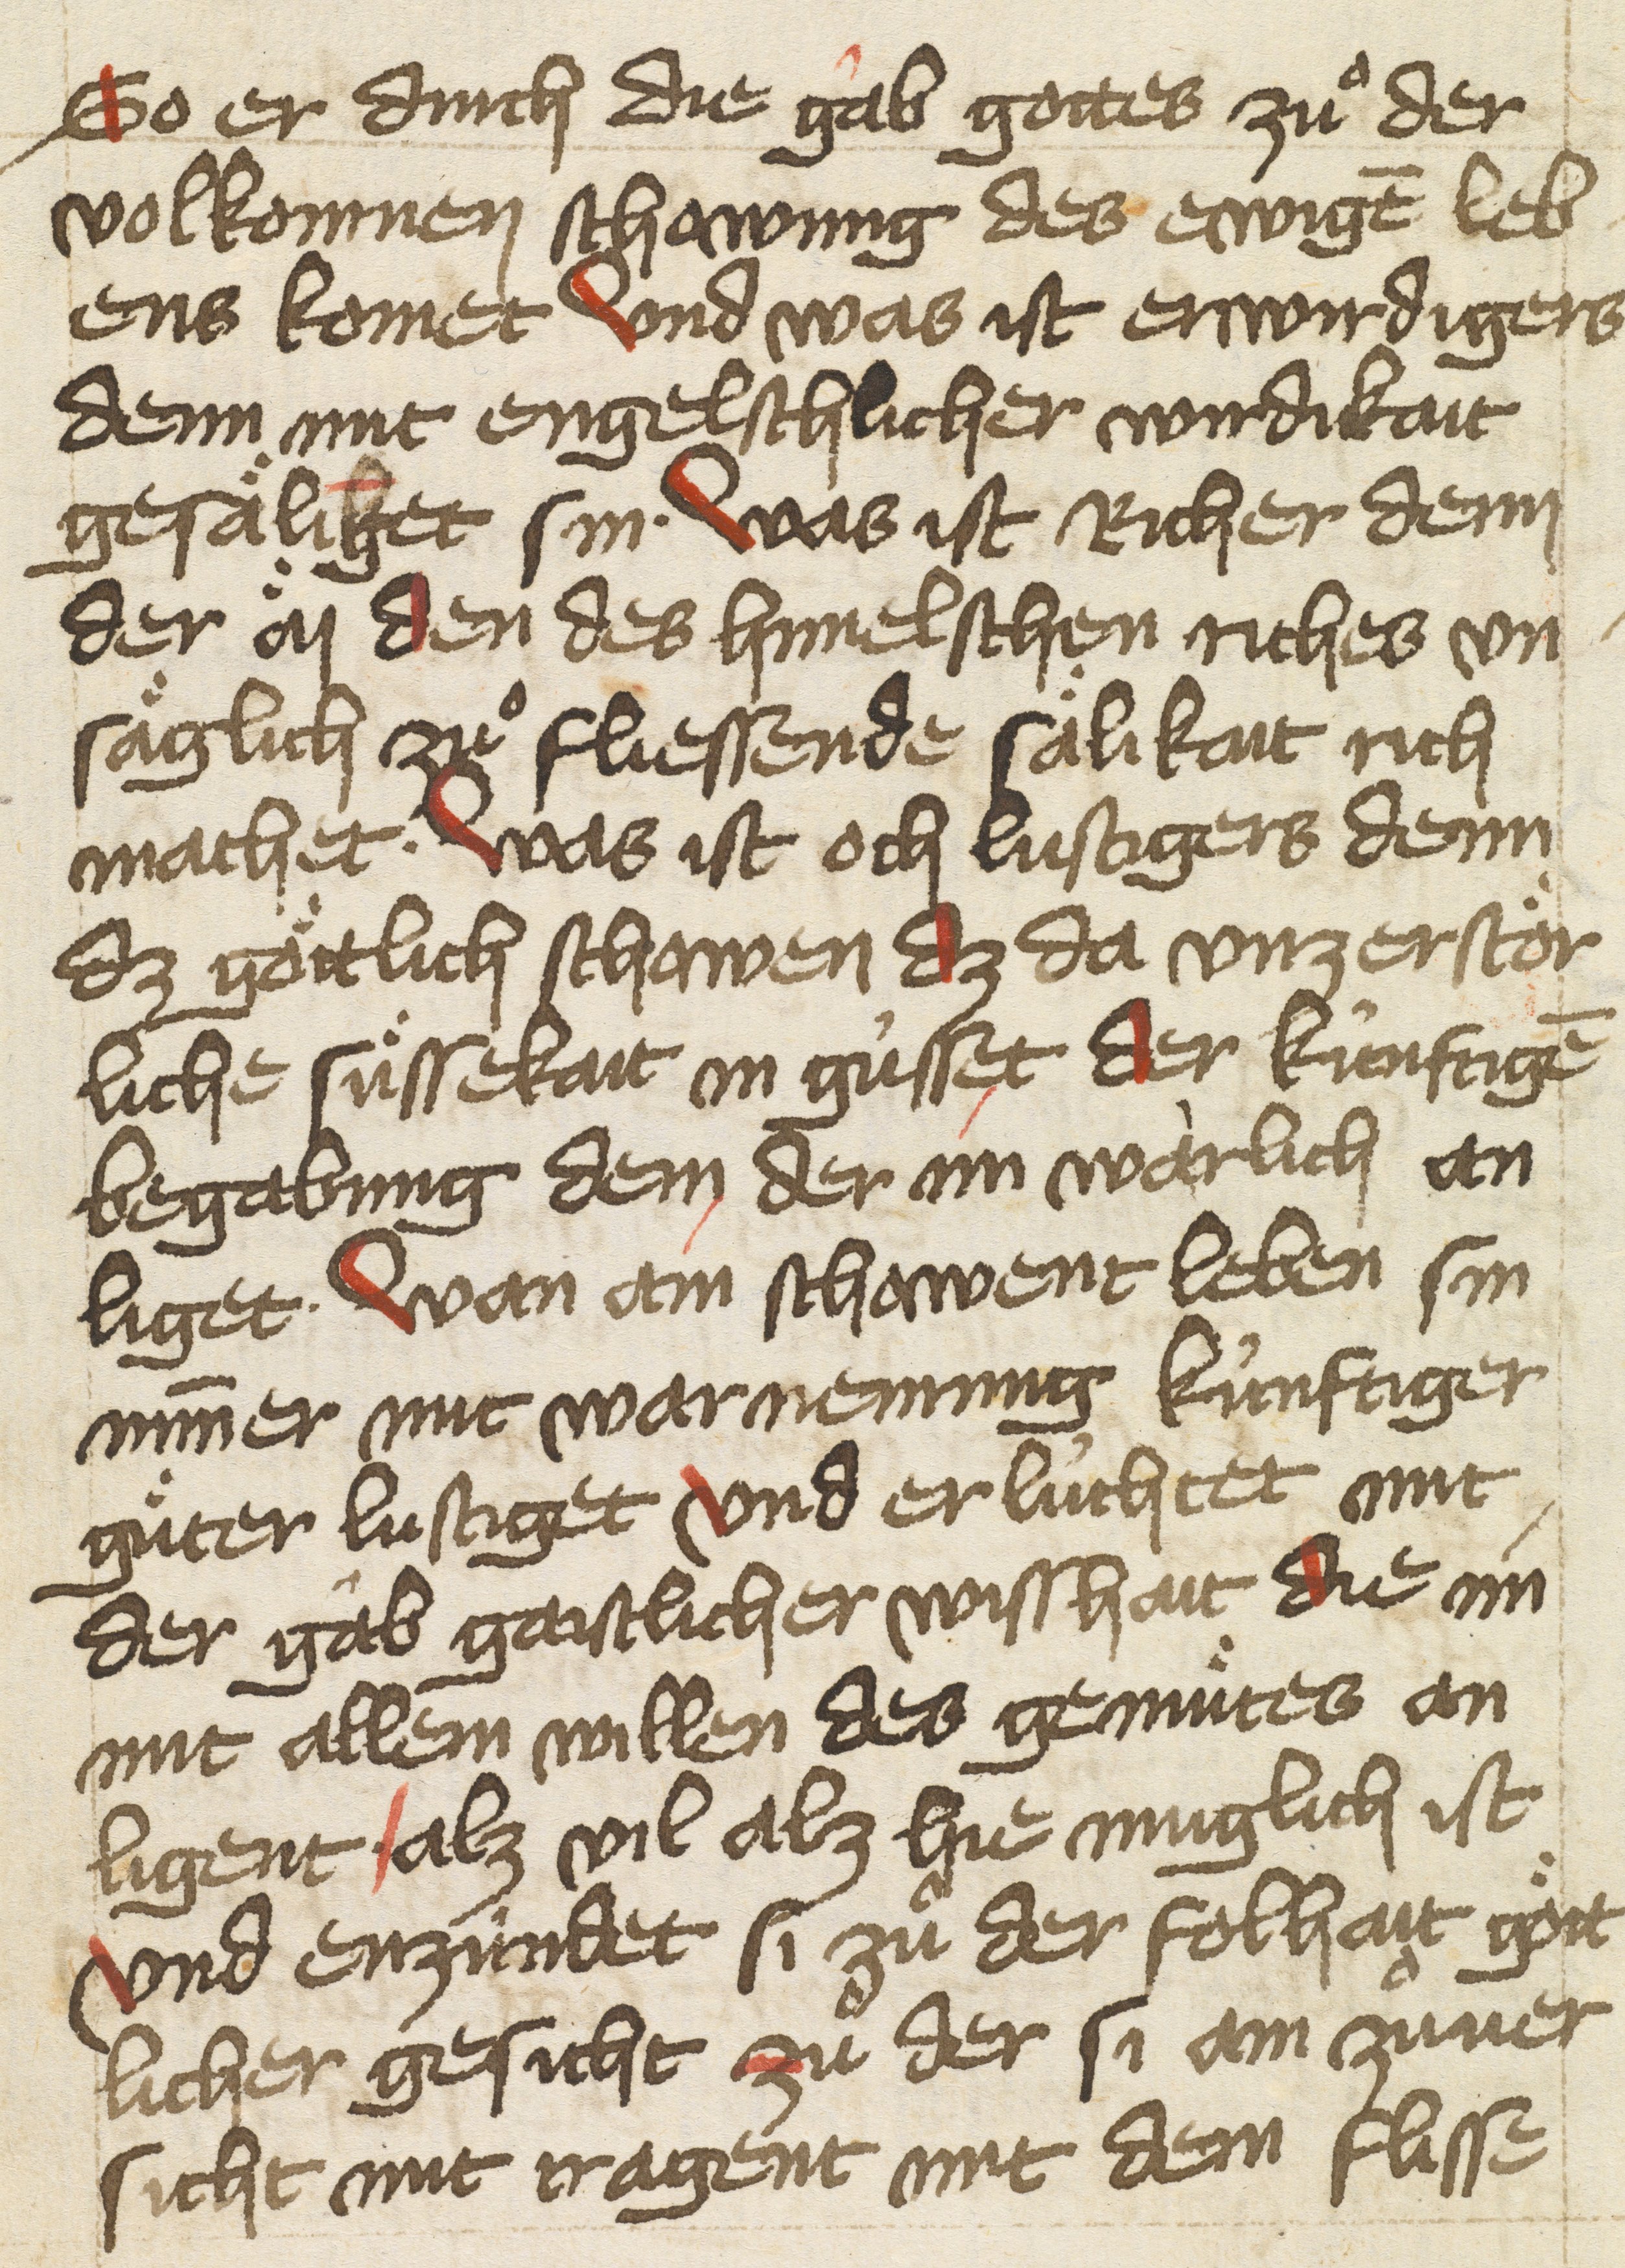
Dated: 1425–1425